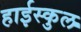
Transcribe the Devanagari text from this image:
हाईस्कुल